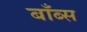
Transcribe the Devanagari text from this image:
बाँब्स